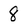
Character: 8